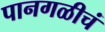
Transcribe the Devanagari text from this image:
पानगळीचं